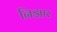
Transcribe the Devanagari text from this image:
निझार